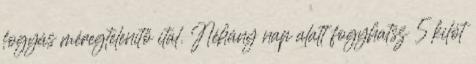
fogyás méregtelenítő ital. Néhány nap alatt fogyhatsz 5 kilót